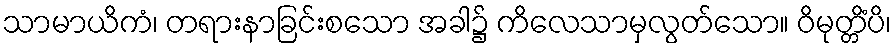
သာမာယိကံ၊ တရားနာခြင်းစသော အခါ၌ ကိလေသာမှလွတ်သော။ ဝိမုတ္တိံပိ၊